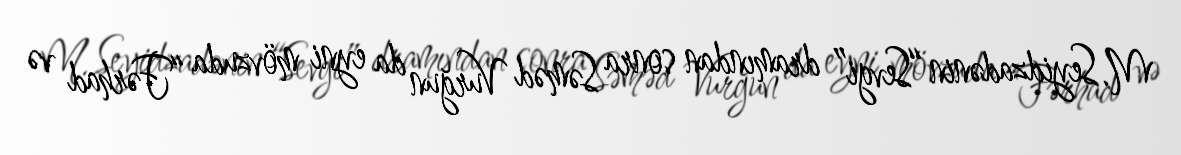
M. Seyidzadənin “Sevgi” dramından sonra Səməd Vurğun da eyni mövzuda “Fərhad və